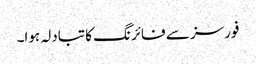
فورسز سے فائرنگ کا تبادلہ ہوا۔